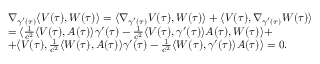
\begin{array} { r l } & { \nabla _ { \gamma ^ { \prime } ( \tau ) } \langle V ( \tau ) , W ( \tau ) \rangle = \langle \nabla _ { \gamma ^ { \prime } ( \tau ) } V ( \tau ) , W ( \tau ) \rangle + \langle V ( \tau ) , \nabla _ { \gamma ^ { \prime } ( \tau ) } W ( \tau ) \rangle } \\ & { = \langle \frac { 1 } { c ^ { 2 } } \langle V ( \tau ) , A ( \tau ) \rangle \gamma ^ { \prime } ( \tau ) - \frac { 1 } { c ^ { 2 } } \langle V ( \tau ) , \gamma ^ { \prime } ( \tau ) \rangle A ( \tau ) , W ( \tau ) \rangle + } \\ & { + \langle V ( \tau ) , \frac { 1 } { c ^ { 2 } } \langle W ( \tau ) , A ( \tau ) \rangle \gamma ^ { \prime } ( \tau ) - \frac { 1 } { c ^ { 2 } } \langle W ( \tau ) , \gamma ^ { \prime } ( \tau ) \rangle A ( \tau ) \rangle = 0 . } \end{array}